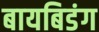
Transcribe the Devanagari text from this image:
बायबिडंग